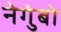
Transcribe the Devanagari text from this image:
नेगुंबो